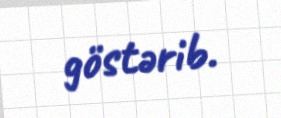
göstərib.